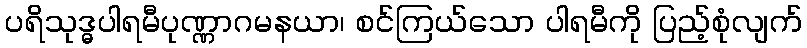
ပရိသုဒ္ဓပါရမီပုဏ္ဏာဂမနယာ၊ စင်ကြယ်သော ပါရမီကို ပြည့်စုံလျက်